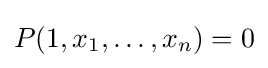
P(1,x_{1},\ldots ,x_{n})=0